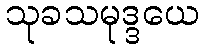
သုခသမုဒ္ဒယေ